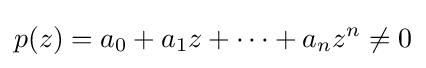
p(z)=a_{0}+a_{1}z+\cdots +a_{n}z^{n}\neq 0